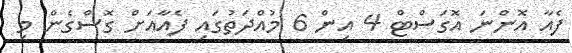
ފެއާ އޮންނަ އޮގަސްޓް 4 އިން 6 މުއްދަތުގައި ފެއާއަށް ގޮސްގެން މި